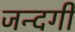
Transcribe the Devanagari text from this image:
जिंन्दगी